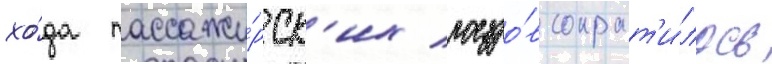
хо́да пассажи́рск'их поездо́в сократ'и́лось